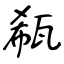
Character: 瓻